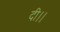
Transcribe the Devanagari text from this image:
दी।।